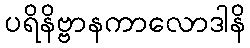
ပရိနိဗ္ဗာနကာလောဒါနိ